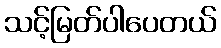
သင့်မြတ်ပါပေတယ်